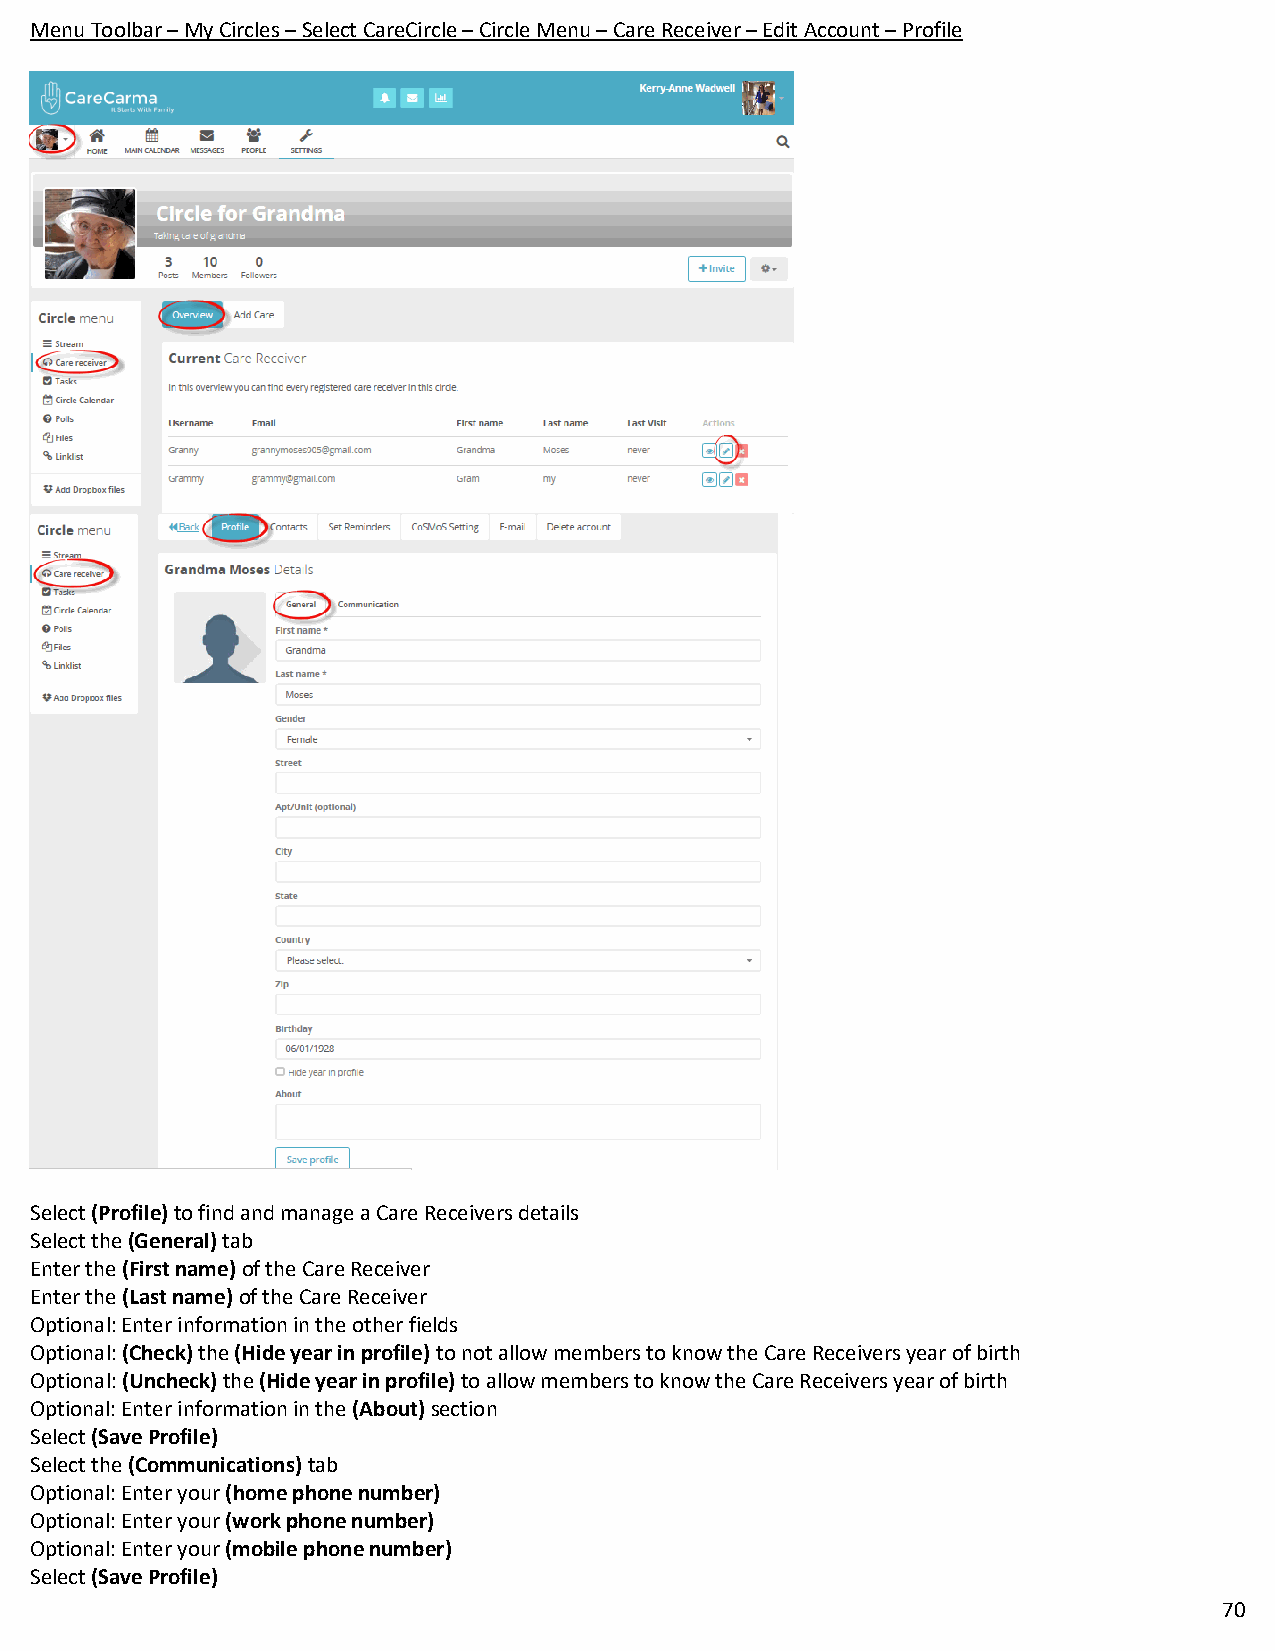
Menu Toolbar – My Circles – Select CareCircle – Circle Menu – Care Receiver – Edit Account – Profile
 Select (Profile) to find and manage a Care Receivers details
 Select the (General) tab
 Enter the (First name) of the Care Receiver
 Enter the (Last name) of the Care Receiver
 Optional: Enter information in the other fields
 Optional: (Check) the (Hide year in profile) to not allow members to know the Care Receivers year of birth
 Optional: (Uncheck) the (Hide year in profile) to allow members to know the Care Receivers year of birth
 Optional: Enter information in the (About) section
 Select (Save Profile)
 Select the (Communications) tab
 Optional: Enter your (home phone number)
 Optional: Enter your (work phone number)
 Optional: Enter your (mobile phone number)
 Select (Save Profile)
 70